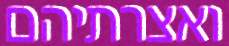
ואצרתיהם